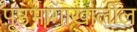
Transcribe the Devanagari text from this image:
पृ़ष्ठभागाखालील